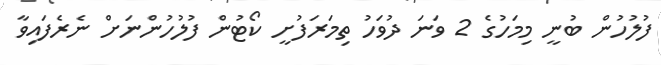
ފުލުހުން ބުނީ މިމަހުގެ 2 ވަނަ ދުވަހު ތިމަރަފުށީ ކޯޓުން ފުލުހުންނަށް ނެރެފައިވާ